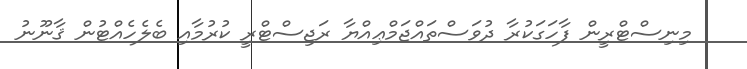
މިނިސްޓްރީން ފާހަގަކުރާ ދުވަސްތައްޖަމްޢިއްޔާ ރަޖިސްޓްރީ ކުރުމާއި ބެލެހެއްޓުން ޤާނޫނު